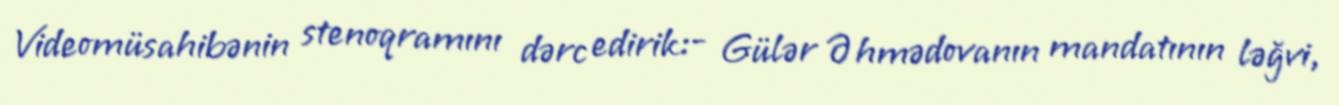
Videomüsahibənin stenoqramını dərc edirik:- Gülər Əhmədovanın mandatının ləğvi,